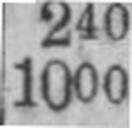
1000